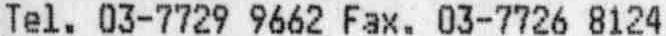
TEL. 03-7729 9662 FAX. 03-7726 8124